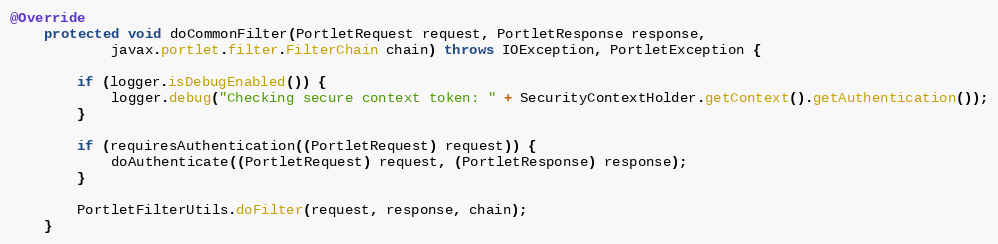
Language: Java
@Override
    protected void doCommonFilter(PortletRequest request, PortletResponse response,
            javax.portlet.filter.FilterChain chain) throws IOException, PortletException {

        if (logger.isDebugEnabled()) {
            logger.debug("Checking secure context token: " + SecurityContextHolder.getContext().getAuthentication());
        }

        if (requiresAuthentication((PortletRequest) request)) {
            doAuthenticate((PortletRequest) request, (PortletResponse) response);
        }

        PortletFilterUtils.doFilter(request, response, chain);
    }